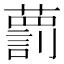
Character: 藅